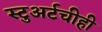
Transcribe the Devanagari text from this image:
स्टुअर्टचीही